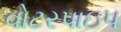
વોટરપાઇપ